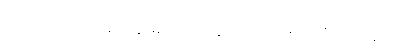
ဂုဏာ၊ ဂုဏ်တို့သည်။ န၊ မဟုတ်ကုန်။ ဧတေဂုဏာ၊ ထိုဂုဏ်တို့သည်။